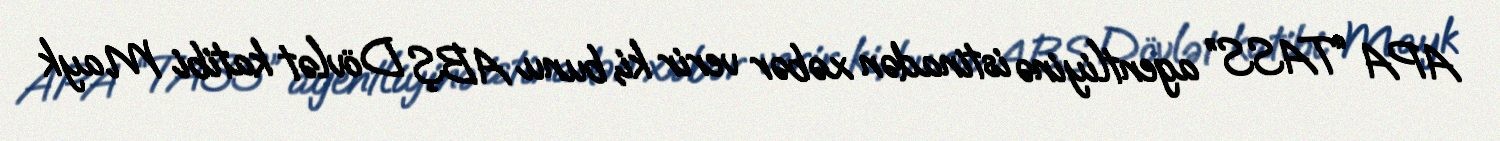
APA “TASS” agentliyinə istinadən xəbər verir ki, bunu ABŞ Dövlət katibi Mayk